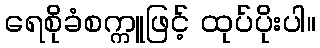
ရေစိုခံစက္ကူဖြင့် ထုပ်ပိုးပါ။